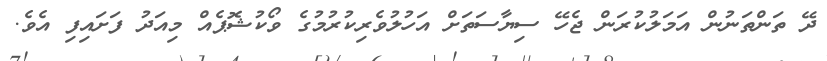
ދޭ ތަންތަނުން އަމަލުކުރަން ޖެހޭ ސިޔާސަތަށް އަހުލުވެރިކުރުމުގެ ވޯކުޝޮޕެއް މިއަދު ފަށައިފި އެވެ.